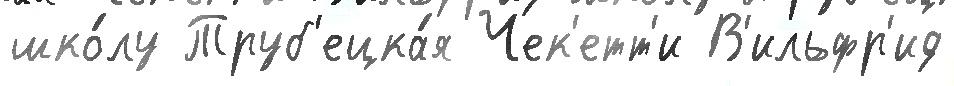
шко́лу Труб'ецка́я Чек'етт'и В'ильфр'ид